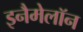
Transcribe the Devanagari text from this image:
इनैमेलॉन